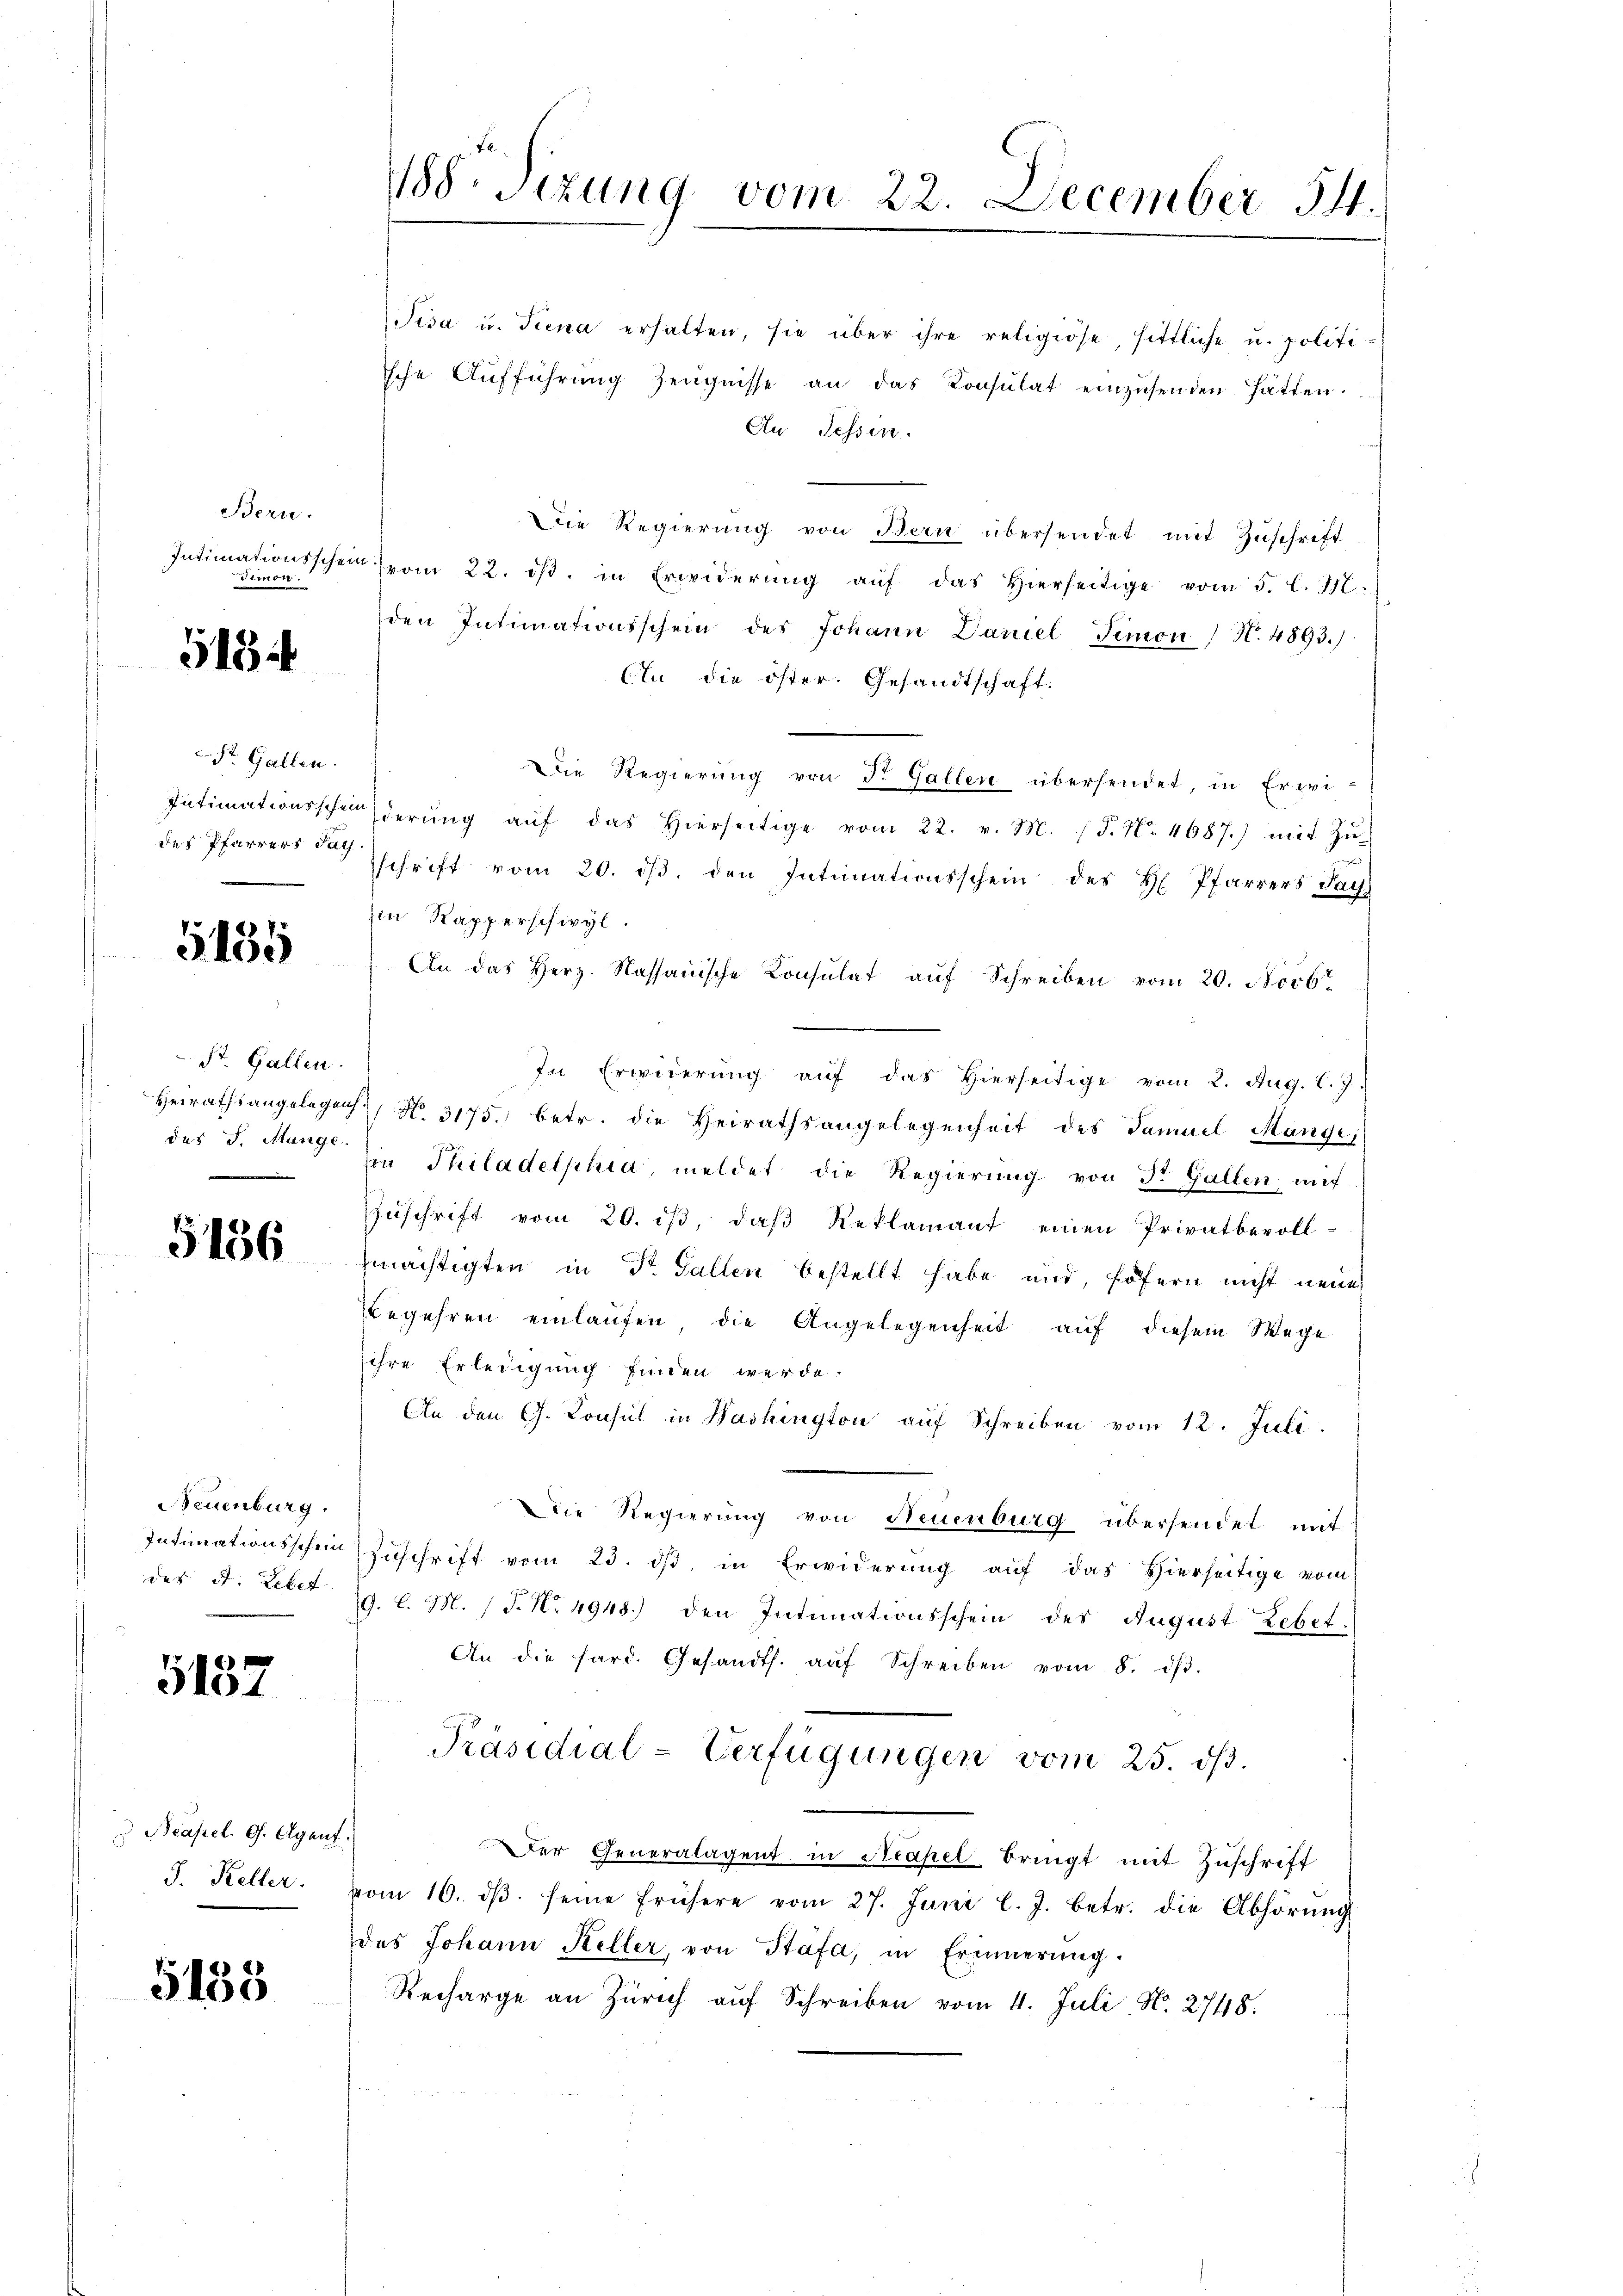
Bern.
Demon.

5154

St. Gallen.
des Pfarrers Sach

5155

St. Gallen.
des J. Mange.

5156

Neuenburg.
des St. Lebet

5137

Neapel. G. Agent.
J. Keller.

5138

1188. Sizung vom 22. December 54.

Pisa u. Siena erhalten, sie über ihre religiöse, sittliche u. politi
sche Aŭfführŭng Zeŭgnisse an das Konsulat einzŭsenden hätten.
An Tessin.
Die Regierŭng von Bern übersendet mit Zŭschrift
Intimationsscheil vom 22. dβ. in Erwiderŭng aŭf das hierseitige vom 5. l. M.
den Intimationsschein des Johann Daniel Simon N. 4893.)
An die öster. Gesandtschaft.
Die Regierŭng von d. Gallen übersendet, in Erwi-
Intimationsscheiderŭng aŭf das hierseitige vom 22. v. M. (S. Nr. 4687.) mit Zŭ-
sschrift vom 20. dβ. den Intimationsschein des H. Pfarrers Fac
zin Kapperschwyl.
An das Herz. Nassanische Konsulat aŭf Schreiben vom 20. d. vor
In Erwiderŭng aŭf das hierseitige vom 2. Aug. l. J.
Heirathsangelegen N. 3175. betr. die Heirathsangelegenheit des Samuel Mange,
in Philadelphia, meldet die Regierung von St. Gallen mit
Zuschrift vom 20. ist, daß Reklamant einen Privatbevoll-
mächtigten in Dr. Gallen bestellt habe und, sofern nicht neues
begehren einlaufen die Angelegenheit auf diesem Wege
sihre Erledigung finden werde.
An den G. Consul in Washington aŭf Schreiben vom 12. Juli.
Die Regierung von Neuenburg übersendet mit
Intimationsschein Zŭschrift vom 23. dβ, in Erwiderŭng aŭf das Hierseitige vom
G. l. M. (T. No 4948) den Intimationsschein des August Lebet.
An die fard. Gesandts. aŭf Schreiben vom 8. dβ.
Präsidial-Verfügungen vom 25. dß.
Der Generalagent in Neapel bringt mit Zŭschrift
vom 10. dβ. seine frühere vom 27. Juni l. J. betr. die Abhörŭng
des Johann Keller, von Stäfa, in Erinnerung.
Recharge an Zürich auf Schreiben vom 11. Juli N. 2748.